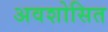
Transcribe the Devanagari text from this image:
अवशोसित